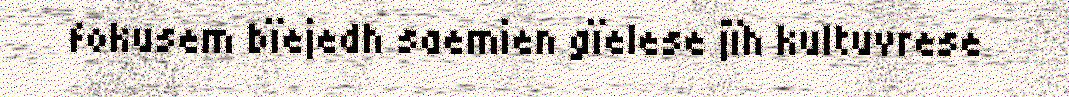
fokusem bïejedh saemien gïelese jïh kultuvrese